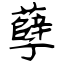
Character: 孽